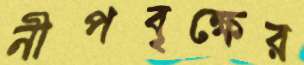
নীপবৃক্ষের